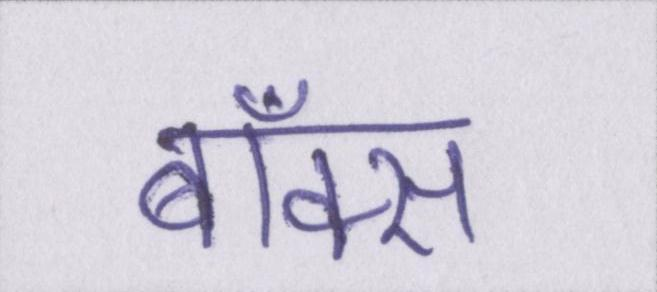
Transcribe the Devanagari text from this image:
बॉक्स